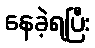
နေခဲ့ရပြီး